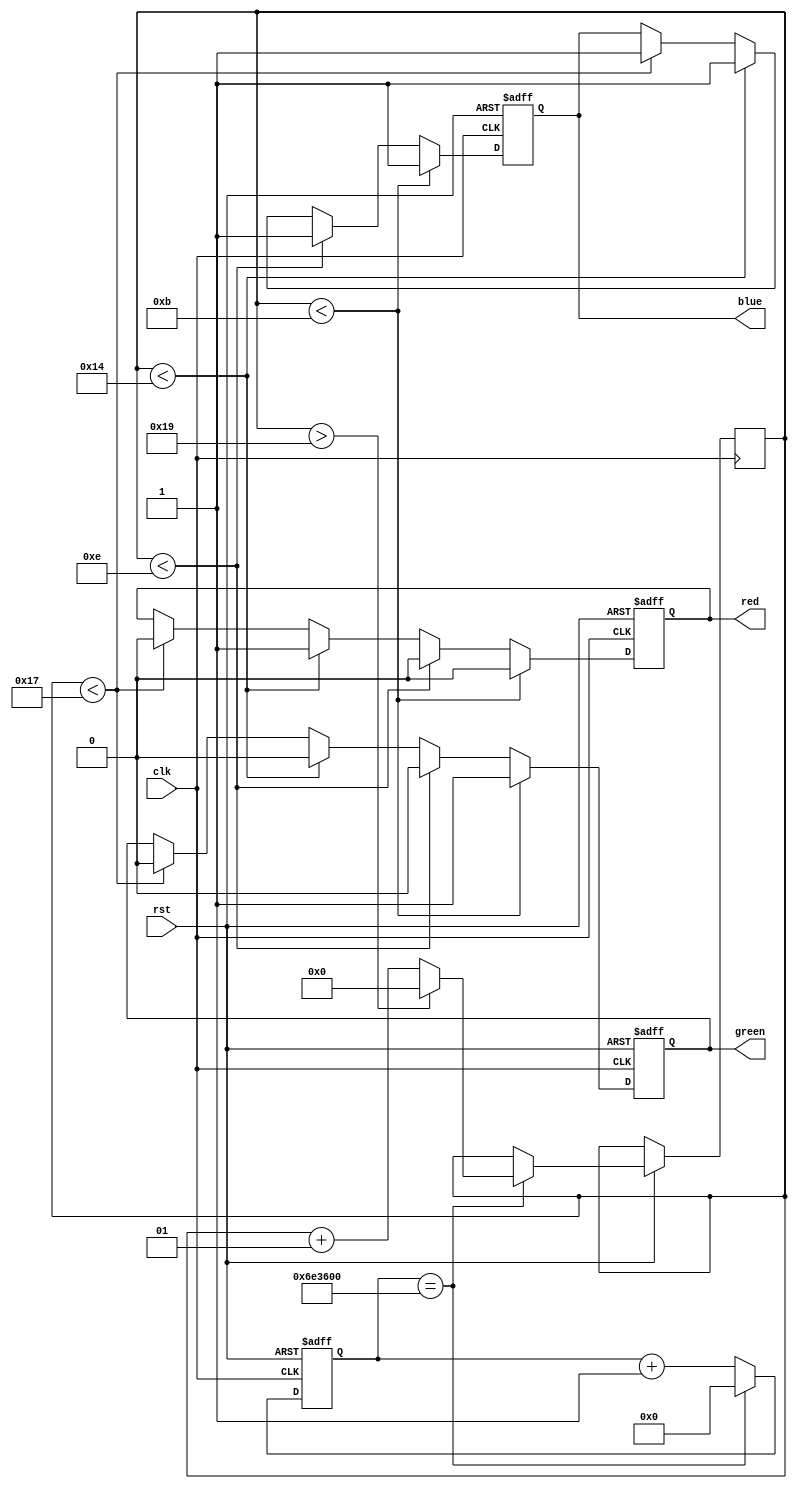
module traffic_lights(
  input clk,
  input rst,
  output reg red,
  output reg blue,
  output reg green
);

  reg [23:0] counter;
  integer second;

  always @(posedge clk or negedge rst) begin
    if (!rst) begin
      counter <= 24'd0;
      red <= 1'b1;
      blue <= 1'b0;
      green <= 1'b0;
    end else begin
      if (second < 11) begin // Kırmızı ışık 10 saniye yanar
        red <= 1'b0;
        blue <= 1'b1;
        green <= 1'b1;
      end 

      else if (second < 14) begin // Sarı ışık 2 saniye yanar
        red <= 1'b0;
        blue <= 1'b1;
        green <= 1'b0;
      end 

      else if (second < 20) begin // Yeşil ışık 5 saniye yanar
        red <= 1'b1;
        blue <= 1'b1;
        green <= 1'b0;
      end 
      else if (second < 23) begin // Sarı ışık 2 saniye yanar
        red <= 1'b0;
        blue <= 1'b1;
        green <= 1'b0;
      end 
      counter <= counter + 1;
      if (counter == 24'd2400_0000) begin
        counter <= 24'd0;
        second <= second + 1;
        if (second > 25 )begin
        second <= 0;
        end
      end
    end
  end
endmodule